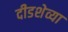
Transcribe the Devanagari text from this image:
दीडशेव्या